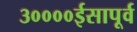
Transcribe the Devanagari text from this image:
३००००ईसापूर्व